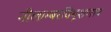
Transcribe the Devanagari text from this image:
नीलाम्बरविभूशणाय